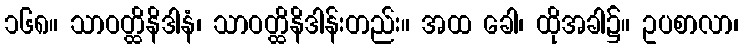
၁၆၈။ သာဝတ္ထိနိဒါနံ၊ သာဝတ္ထိနိဒါန်းတည်း။ အထ ခေါ၊ ထိုအခါ၌။ ဥပစာလာ၊